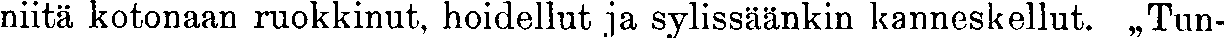
niitä kotonaan ruokkinut, hoidellut ja sylissäänkin kanneskellut. ,,Tun-